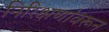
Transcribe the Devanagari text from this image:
निरिक्षणांवरून